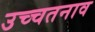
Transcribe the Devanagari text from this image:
उच्चतनाव